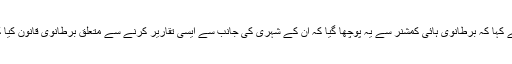
اُنھوں نے کہا کہ برطانوی ہائی کمشنر سے یہ پوچھا گیا کہ اُن کے شہری کی جانب سے ایسی تقاریر کرنے سے متعلق برطانوی قانون کیا کہنا ہے۔